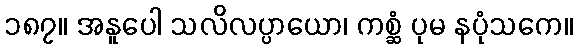
၁၈၇။ အနူပေါ သလိလပ္ပာယော၊ ကစ္ဆံ ပုမ နပုံသကေ။